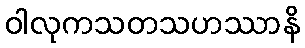
ဝါလုကသတသဟဿာနိ